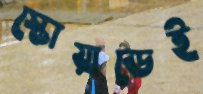
স্কোয়াডেই